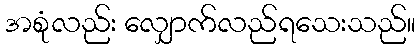
အစုံလည်း လျှောက်လည်ရသေးသည်။